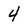
Character: 4